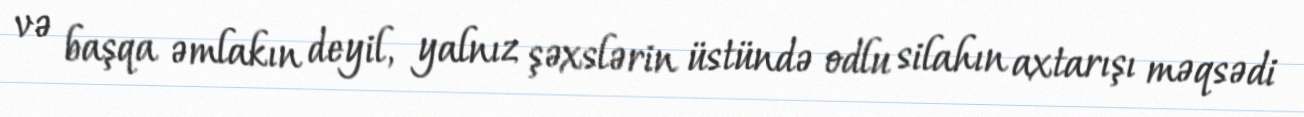
və başqa əmlakın deyil, yalnız şəxslərin üstündə odlu silahın axtarışı məqsədi